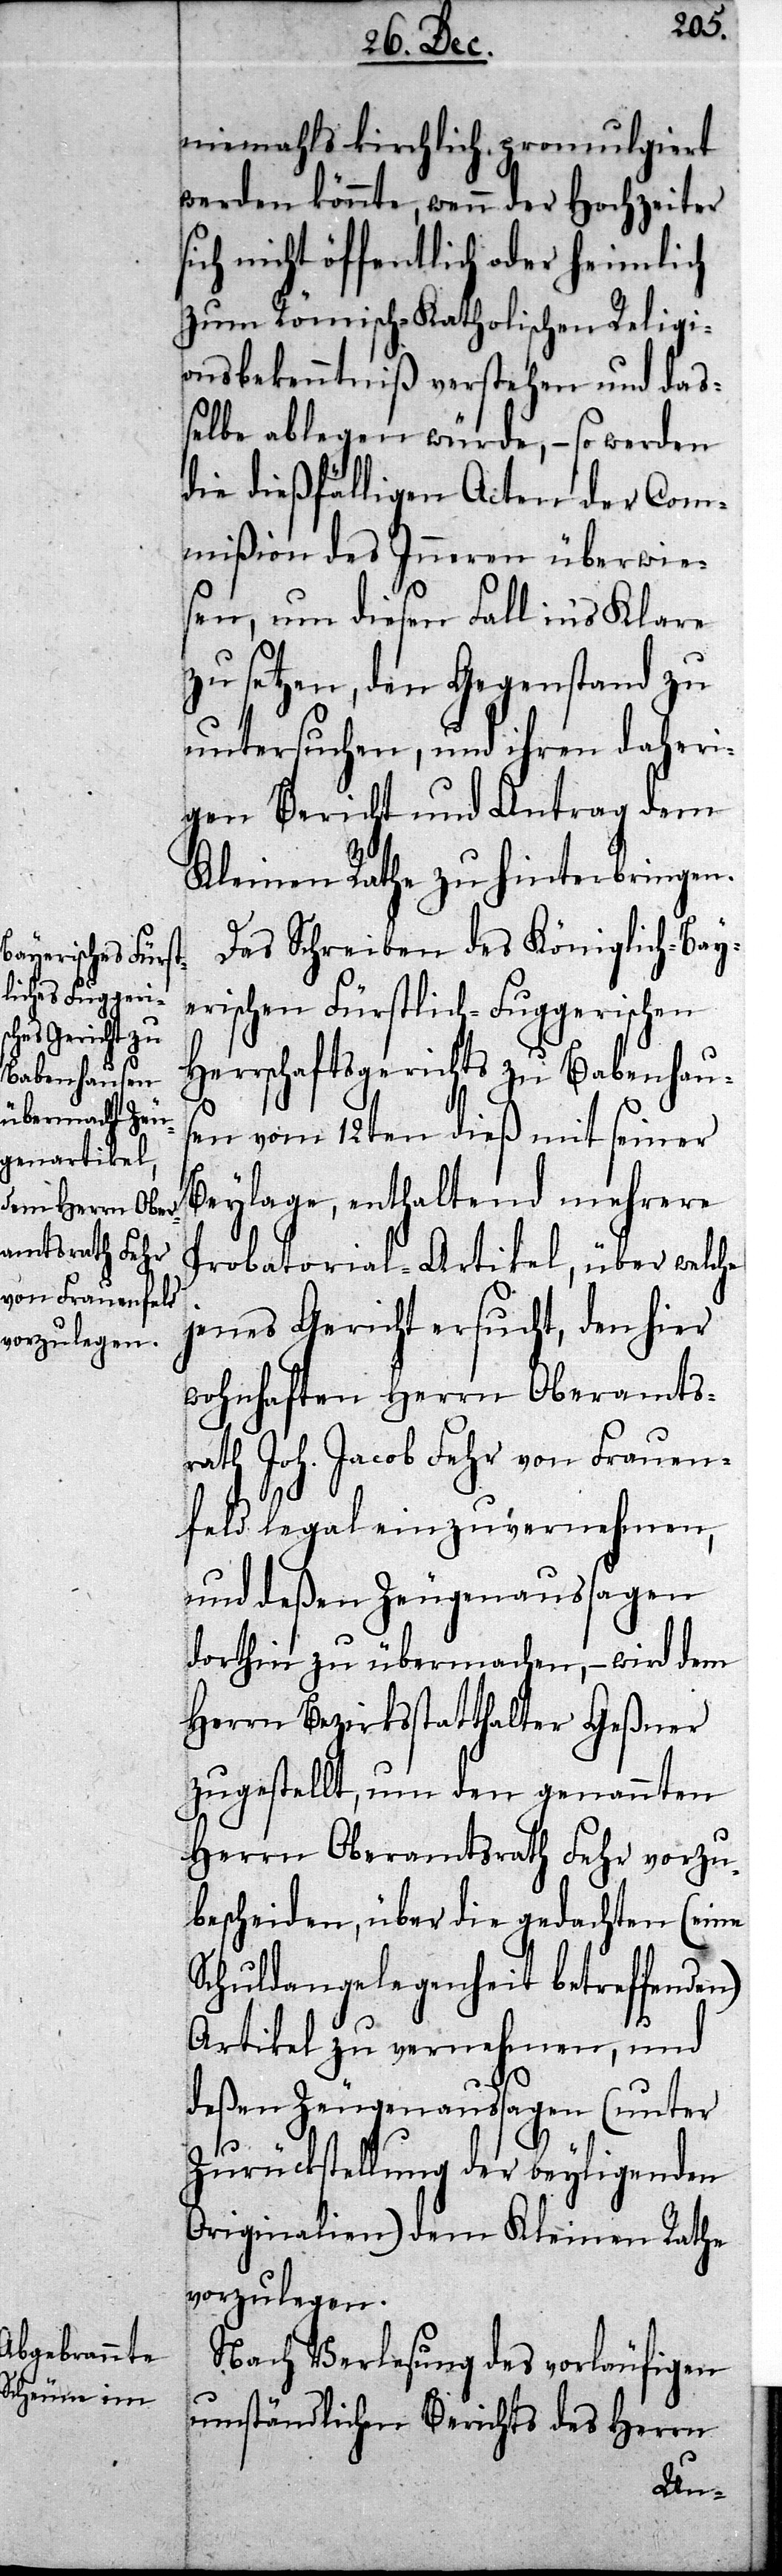
niemahls kirchlich promulgiert
werden könnte, wenn der Hochzeiter
sich nicht öffentlich oder heimlich
zum Römisch-Katholischen Religi¬
onsbekenntniß verstehen und da¬
ßelbe ablegen würde, – so werden
die dießfälligen Acten der Com¬
mißion des Inneren überwie¬
sen, um diesen Fall in’s Klare
zu setzen, den Gegenstand zu
untersuchen, und ihren daheri¬
gen Bericht und Antrag dem
Kleinen Rathe zu hinterbringen.
Das Schreiben des Königlich-Bay¬
erischen Fürstlich-Fuggerischen
Herrschaftsgerichts zu Babenhaus¬
en vom 12ten dieß mit seiner
Beylage, enthaltend mehrere
Probatorial-Artikel, über welche
jenes Gericht ersucht, den hier
wohnhaften Herrn Oberamts¬
rath Joh. Jacob Fehr von Frauen¬
feld legal einzuvernehmen,
und deßen Zeugenaussagen
dorthin zu übermachen, – wird dem
Herrn Bezirksstatthalter Geßner
zugestellt, um den genannten
Herrn Oberamtsrath Fehr vorzu¬
bescheiden, über die gedachten (eine
Schuldenangelegenheit betreffenden)
Artikel zu vernehmen, und
deßen Zeugenaussagen (unter
Zurückstellung der beyligenden
Originalien) dem Kleinen Rathe
vorzulegen.
Nach Verlesung des vorläufigen
umständlichen Berichts des Herrn